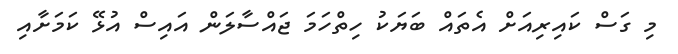
މި ގަސް ކައިރިއަށް އެތައް ބަޔަކު ހިތްހަމަ ޖައްސާލަން އައިސް އުޅޭ ކަމަށާއި